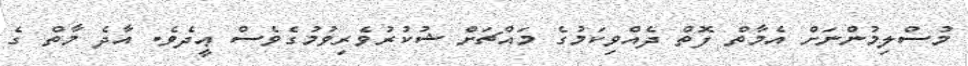
މުސްލިމުންނަށް އެމާތް ފޮތް ދެއްވިކަމުގެ މައްޗަށް ޝުކުރުވެރިވުމުގެވެސް ޢީދެވެ. އާދެ މާތް ގެ